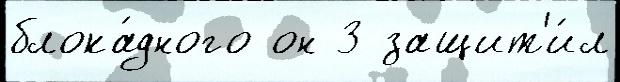
блока́дного он 3 защит'и́л